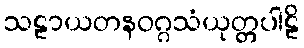
သဠာယတနဝဂ္ဂသံယုတ္တပါဠိ